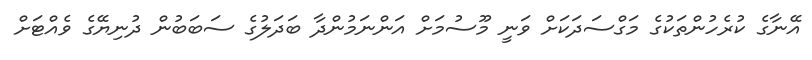
އޭނާގެ ކުރެހުންތަކުގެ މަގްސަދަކަށް ވަނީ މޫސުމަށް އަންނަމުންދާ ބަދަލުގެ ސަބަބުން ދުނިޔޭގެ ވެއްޓަށް